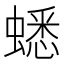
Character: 蟋